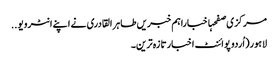
مرکزی صفحہاخباراہم خبریں طاہر القادری نے اپنے انٹرویو ..
لاہور(اُردو پوائنٹ اخبارتازہ ترین۔